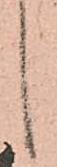
候